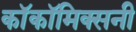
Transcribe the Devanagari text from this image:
काॅकॉमिक्सनी